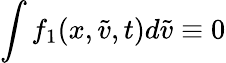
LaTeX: \int f_{1}(x,\tilde{v},t)d\tilde{v}\equiv 0